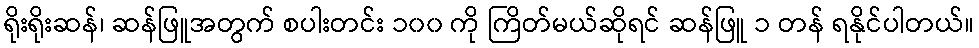
ရိုးရိုးဆန်၊ ဆန်ဖြူအတွက် စပါးတင်း ၁၀၀ ကို ကြိတ်မယ်ဆိုရင် ဆန်ဖြူ ၁ တန် ရနိုင်ပါတယ်။